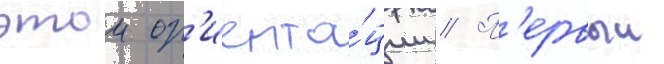
этои ор'иента́ции // П'ервыи